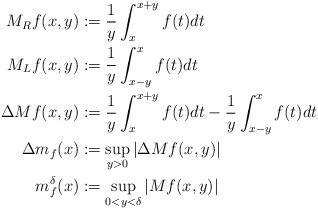
LaTeX: \begin{align*}M_Rf(x,y)&:=\frac{1}{y}\int_{x}^{x+y}f(t)dt\\M_Lf(x,y)&:=\frac{1}{y}\int_{x-y}^{x}f(t)dt\\\Delta Mf(x,y)&:=\frac{1}{y}\int_{x}^{x+y}f(t)dt-\frac{1}{y}\int_{x-y}^{x}f(t)dt\\\Delta m_f(x)&:=\sup_{y>0}\vert \Delta Mf(x,y)\vert\\m_f^{\delta}(x)&:=\sup_{0<y<\delta} \vert Mf(x,y)\vert\end{align*}